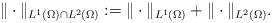
LaTeX: \begin{align*}\|\cdot \|_{L^{1}(\Omega)\cap L^2(\Omega)} := \|\cdot\|_{L^1(\Omega)} +\|\cdot\|_{L^2(\Omega)}.\end{align*}